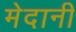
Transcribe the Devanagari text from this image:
मेदानी